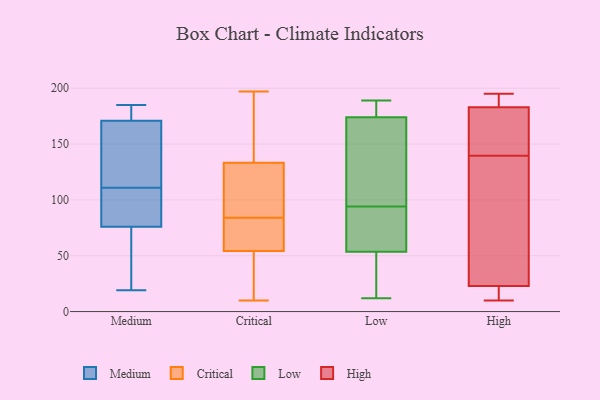
{"axis": {"x": "Website Visitors", "y": "Value"}, "legend": ["Critical", "High", "Low", "Medium"], "data": [{"x": "", "y": 39, "type": "Medium"}, {"x": "", "y": 112, "type": "Medium"}, {"x": "", "y": 171, "type": "Medium"}, {"x": "", "y": 19, "type": "Medium"}, {"x": "", "y": 117, "type": "Medium"}, {"x": "", "y": 138, "type": "Medium"}, {"x": "", "y": 185, "type": "Medium"}, {"x": "", "y": 68, "type": "Medium"}, {"x": "", "y": 174, "type": "Medium"}, {"x": "", "y": 109, "type": "Medium"}, {"x": "", "y": 76, "type": "Medium"}, {"x": "", "y": 110, "type": "Medium"}, {"x": "", "y": 87, "type": "Medium"}, {"x": "", "y": 181, "type": "Medium"}, {"x": "", "y": 149, "type": "Medium"}, {"x": "", "y": 182, "type": "Medium"}, {"x": "", "y": 80, "type": "Medium"}, {"x": "", "y": 21, "type": "Medium"}, {"x": "", "y": 55, "type": "Critical"}, {"x": "", "y": 62, "type": "Critical"}, {"x": "", "y": 197, "type": "Critical"}, {"x": "", "y": 54, "type": "Critical"}, {"x": "", "y": 131, "type": "Critical"}, {"x": "", "y": 10, "type": "Critical"}, {"x": "", "y": 134, "type": "Critical"}, {"x": "", "y": 84, "type": "Critical"}, {"x": "", "y": 175, "type": "Critical"}, {"x": "", "y": 116, "type": "Critical"}, {"x": "", "y": 37, "type": "Critical"}, {"x": "", "y": 56, "type": "Low"}, {"x": "", "y": 183, "type": "Low"}, {"x": "", "y": 180, "type": "Low"}, {"x": "", "y": 125, "type": "Low"}, {"x": "", "y": 181, "type": "Low"}, {"x": "", "y": 81, "type": "Low"}, {"x": "", "y": 124, "type": "Low"}, {"x": "", "y": 36, "type": "Low"}, {"x": "", "y": 96, "type": "Low"}, {"x": "", "y": 58, "type": "Low"}, {"x": "", "y": 51, "type": "Low"}, {"x": "", "y": 189, "type": "Low"}, {"x": "", "y": 13, "type": "Low"}, {"x": "", "y": 30, "type": "Low"}, {"x": "", "y": 92, "type": "Low"}, {"x": "", "y": 168, "type": "Low"}, {"x": "", "y": 81, "type": "Low"}, {"x": "", "y": 186, "type": "Low"}, {"x": "", "y": 12, "type": "Low"}, {"x": "", "y": 153, "type": "Low"}, {"x": "", "y": 134, "type": "High"}, {"x": "", "y": 21, "type": "High"}, {"x": "", "y": 28, "type": "High"}, {"x": "", "y": 10, "type": "High"}, {"x": "", "y": 179, "type": "High"}, {"x": "", "y": 15, "type": "High"}, {"x": "", "y": 183, "type": "High"}, {"x": "", "y": 195, "type": "High"}, {"x": "", "y": 182, "type": "High"}, {"x": "", "y": 145, "type": "High"}, {"x": "", "y": 68, "type": "High"}, {"x": "", "y": 186, "type": "High"}, {"x": "", "y": 23, "type": "High"}, {"x": "", "y": 184, "type": "High"}]}